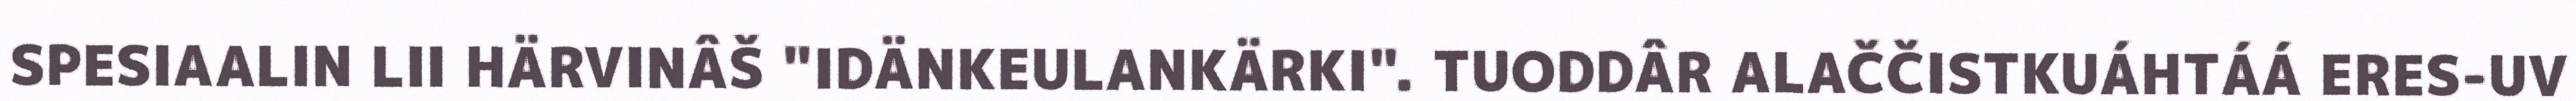
SPESIAALIN LII HÄRVINÂŠ "IDÄNKEULANKÄRKI". TUODDÂR ALAČČISTKUÁHTÁÁ ERES-UV